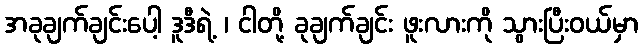
အခုချက်ချင်းပေါ့ ဒူဒီရဲ့ ၊ ငါတို့ ခုချက်ချင်း ဖူးလားကို သွားပြီးဝယ်မှာ